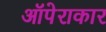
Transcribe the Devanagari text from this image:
ऑपेराकार